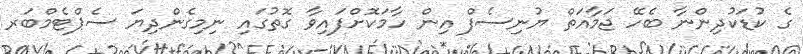
ގެ ކުޑަކުދިންނާ ބެހޭ ޖަމާއަތް ޔުނިސެފް އިން ހާމަކޮށްފައިވާ ގޮތުގައި ނިމިގެންދިޔަ ސެޕްޓެމްބަރ